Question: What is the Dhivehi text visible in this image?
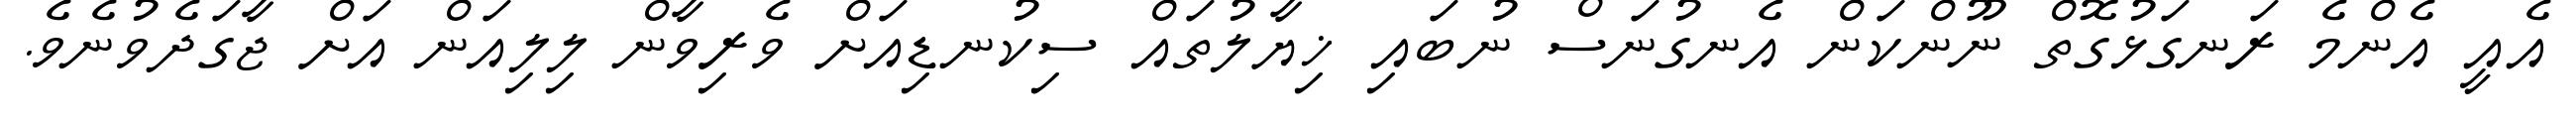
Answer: އެއީ އެންމެ ރަނގަޅުގޮތް ނޫންކަން އެނގުނަސް ނުބައި ޚިޔާލުތައް ސިކުނޑިއަށް ވެރިވާން ލިލިއަން އަށް ޖާގަދެވުނެވެ.